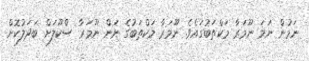
ނަމުން ނަމަ ނޫމަރާ މަކްތަބުގައެވެ. ނޫމަރާ މަކްތަބުގެ ނަން ނޫމަރާ ސްކޫލަށް ބަދަލުކޮށް